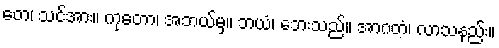
တေ၊ သင်အား။ ကုတော၊ အဘယ်မှ။ ဘယံ၊ ဘေးသည်။ အာဂတံ၊ လာသနည်း။